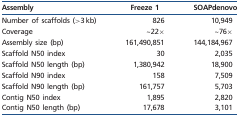
<table><thead><tr><td><b>Assembly</b></td><td><b>Freeze 1</b></td><td><b>SOAPdenovo</b></td></tr></thead><tbody><tr><td>Number of scaffolds (&gt;3 kb)</td><td>826</td><td>10,949</td></tr><tr><td>Coverage</td><td>∼22×</td><td>∼76×</td></tr><tr><td>Assembly size (bp)</td><td>161,490,851</td><td>144,184,967</td></tr><tr><td>Scaffold N50 index</td><td>30</td><td>2,035</td></tr><tr><td>Scaffold N50 length (bp)</td><td>1,380,942</td><td>18,900</td></tr><tr><td>Scaffold N90 index</td><td>158</td><td>7,509</td></tr><tr><td>Scaffold N90 length (bp)</td><td>161,757</td><td>5,703</td></tr><tr><td>Contig N50 index</td><td>1,895</td><td>2,820</td></tr><tr><td>Contig N50 length (bp)</td><td>17,678</td><td>3,101</td></tr></tbody></table>